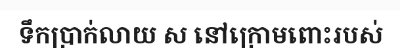
ទឹកប្រាក់លាយ ស នៅក្រោមពោះរបស់